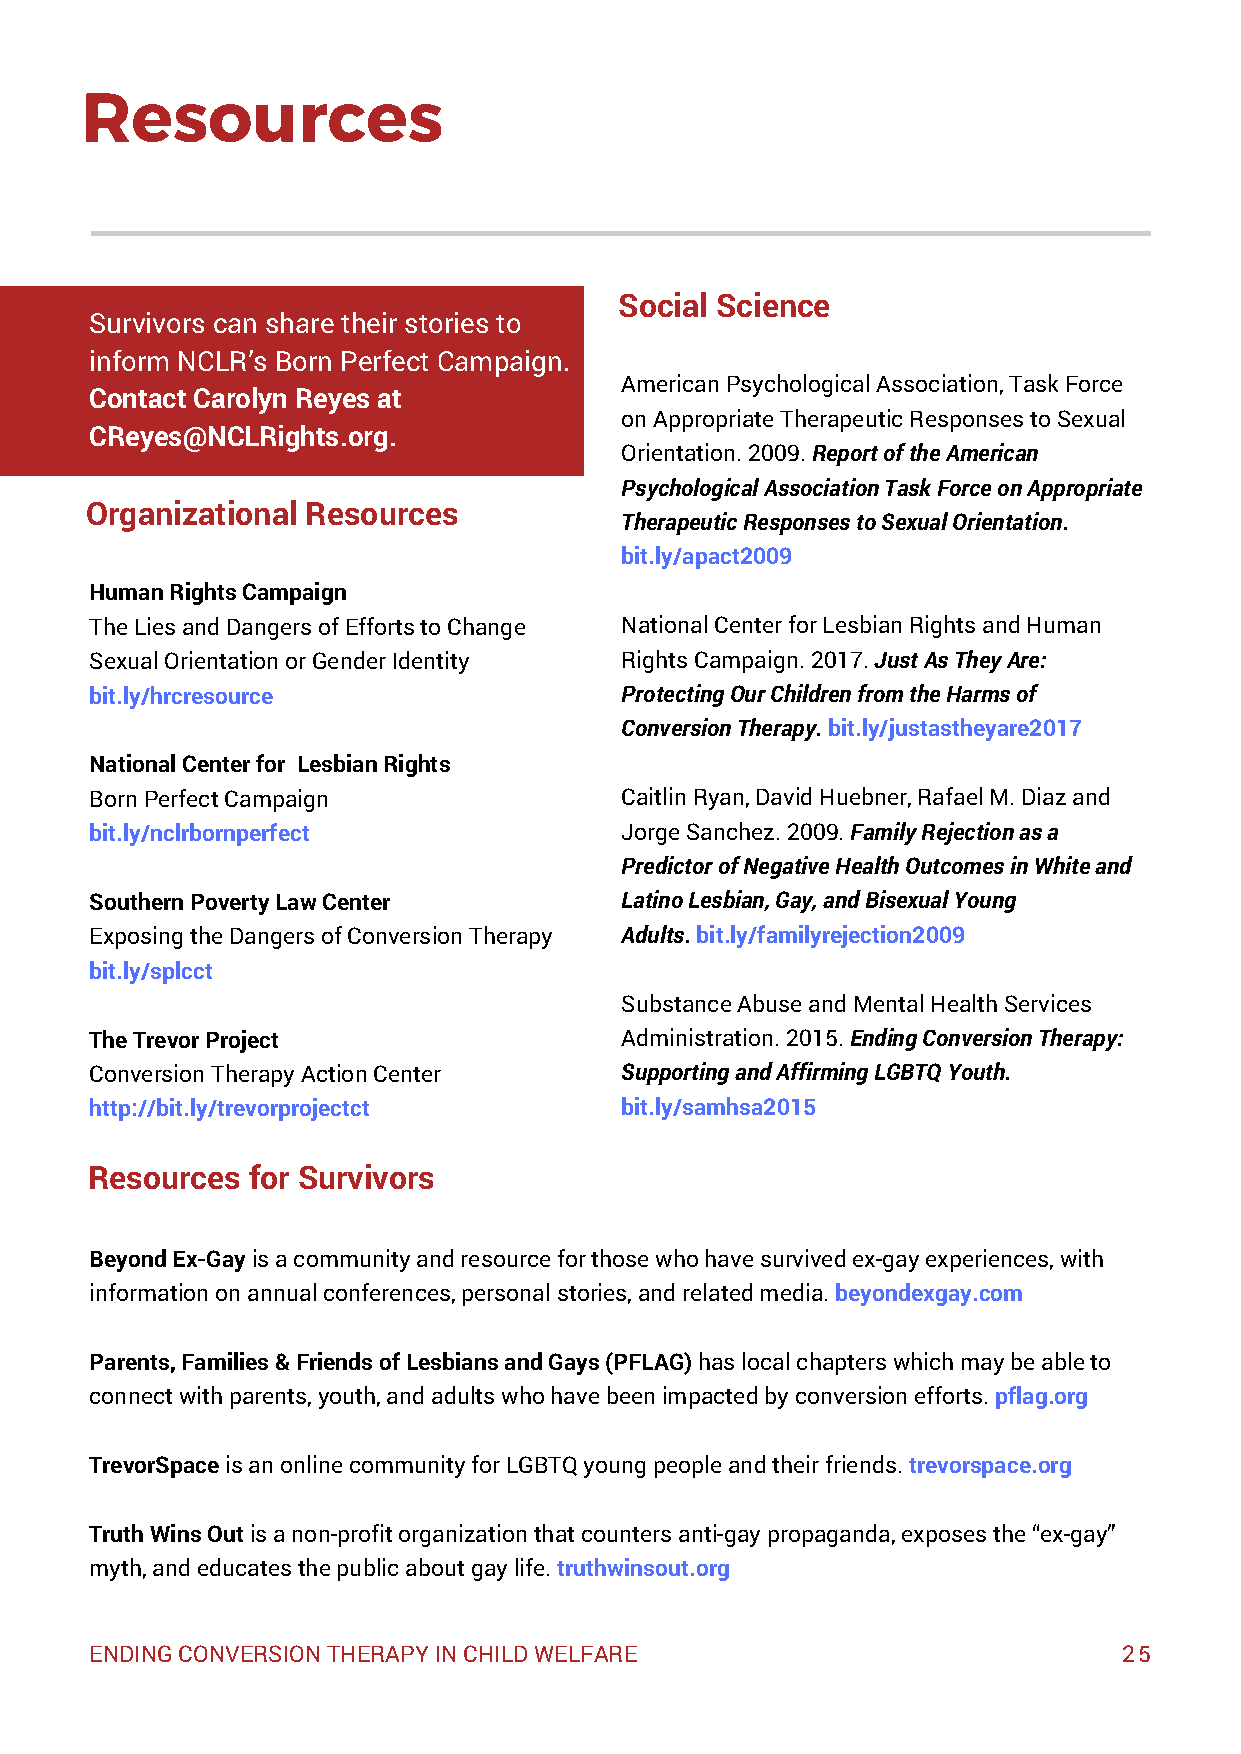
Resources
 Social Science
 Survivors can share their stories to
 inform NCLR’s Born Perfect Campaign.
 American Psychological Association, Task Force
 Contact Carolyn Reyes at
 on Appropriate Therapeutic Responses to Sexual
 CReyes@NCLRights.org.
 Orientation. 2009. Report of the American
 Psychological Association Task Force on Appropriate
 Organizational Resources
 Therapeutic Responses to Sexual Orientation.
 bit.ly/apact2009
 Human Rights Campaign
 The Lies and Dangers of Efforts to Change National Center for Lesbian Rights and Human
 Sexual Orientation or Gender Identity Rights Campaign. 2017. Just As They Are:
 bit.ly/hrcresource                 Protecting Our Children from the Harms of
 Conversion Therapy. bit.ly/justastheyare2017
 National Center for Lesbian Rights
 Born Perfect Campaign              Caitlin Ryan, David Huebner, Rafael M. Diaz and
 bit.ly/nclrbornperfect             Jorge Sanchez. 2009. Family Rejection as a
 Predictor of Negative Health Outcomes in White and
 Southern Poverty Law Center        Latino Lesbian, Gay, and Bisexual Young
 Exposing the Dangers of Conversion Therapy Adults. bit.ly/familyrejection2009
 bit.ly/splcct
 Substance Abuse and Mental Health Services
 The Trevor Project                 Administration. 2015. Ending Conversion Therapy:
 Conversion Therapy Action Center   Supporting and Affirming LGBTQ Youth.
 http://bit.ly/trevorprojectct      bit.ly/samhsa2015
 Resources for Survivors
 Beyond Ex-Gay is a community and resource for those who have survived ex-gay experiences, with
 information on annual conferences, personal stories, and related media. beyondexgay.com
 Parents, Families & Friends of Lesbians and Gays (PFLAG) has local chapters which may be able to
 connect with parents, youth, and adults who have been impacted by conversion efforts. pflag.org
 TrevorSpace is an online community for LGBTQ young people and their friends. trevorspace.org
 Truth Wins Out is a non-profit organization that counters anti-gay propaganda, exposes the “ex-gay”
 myth, and educates the public about gay life. truthwinsout.org
 ENDING CONVERSION THERAPY IN CHILD WELFARE                          25